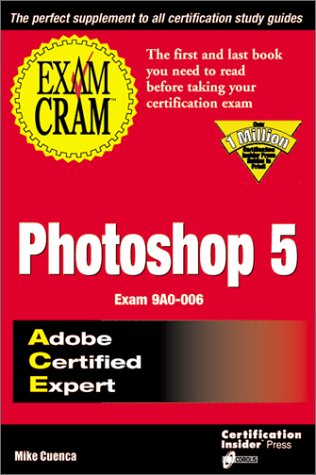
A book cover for ACE Photoshop 5 Exam Cram: Exam: 9A0-006; Mike Cuenca; Computers & Technology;